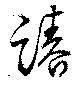
踳